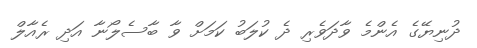
ދުނިޔޭގެ އެންމެ ވާދަވެރި ދެ ކުލަބު ކަމަށް ވާ ބާސެލޯނާ އަދި ރެއާލް